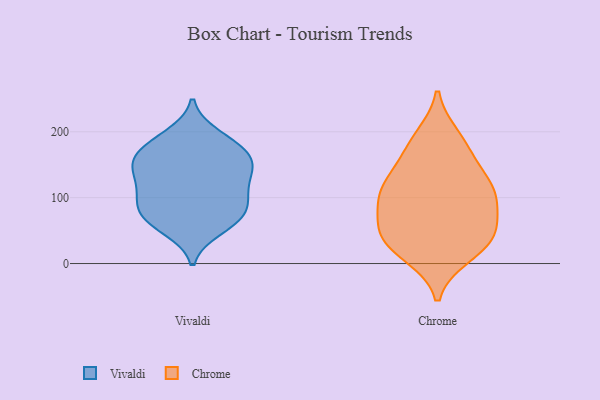
{"axis": {"x": "Waste Production (Tons)", "y": "Value"}, "legend": ["Chrome", "Vivaldi"], "data": [{"x": "", "y": 147, "type": "Vivaldi"}, {"x": "", "y": 72, "type": "Vivaldi"}, {"x": "", "y": 137, "type": "Vivaldi"}, {"x": "", "y": 159, "type": "Vivaldi"}, {"x": "", "y": 180, "type": "Vivaldi"}, {"x": "", "y": 66, "type": "Vivaldi"}, {"x": "", "y": 178, "type": "Vivaldi"}, {"x": "", "y": 117, "type": "Vivaldi"}, {"x": "", "y": 144, "type": "Vivaldi"}, {"x": "", "y": 103, "type": "Vivaldi"}, {"x": "", "y": 194, "type": "Vivaldi"}, {"x": "", "y": 70, "type": "Vivaldi"}, {"x": "", "y": 53, "type": "Vivaldi"}, {"x": "", "y": 158, "type": "Vivaldi"}, {"x": "", "y": 102, "type": "Vivaldi"}, {"x": "", "y": 88, "type": "Vivaldi"}, {"x": "", "y": 189, "type": "Chrome"}, {"x": "", "y": 156, "type": "Chrome"}, {"x": "", "y": 92, "type": "Chrome"}, {"x": "", "y": 194, "type": "Chrome"}, {"x": "", "y": 36, "type": "Chrome"}, {"x": "", "y": 119, "type": "Chrome"}, {"x": "", "y": 71, "type": "Chrome"}, {"x": "", "y": 43, "type": "Chrome"}, {"x": "", "y": 35, "type": "Chrome"}, {"x": "", "y": 157, "type": "Chrome"}, {"x": "", "y": 56, "type": "Chrome"}, {"x": "", "y": 11, "type": "Chrome"}, {"x": "", "y": 51, "type": "Chrome"}, {"x": "", "y": 119, "type": "Chrome"}, {"x": "", "y": 102, "type": "Chrome"}, {"x": "", "y": 103, "type": "Chrome"}, {"x": "", "y": 114, "type": "Chrome"}, {"x": "", "y": 13, "type": "Chrome"}]}